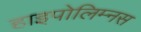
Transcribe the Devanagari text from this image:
हाइपोलिम्नस